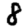
Digit: 8